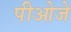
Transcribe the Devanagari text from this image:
पीओजे